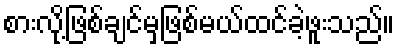
စားလို့ဖြစ်ချင်မှဖြစ်မယ်ထင်ခဲ့ဖူးသည်။